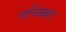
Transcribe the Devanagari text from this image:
पानिक्कर